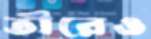
তীরেও